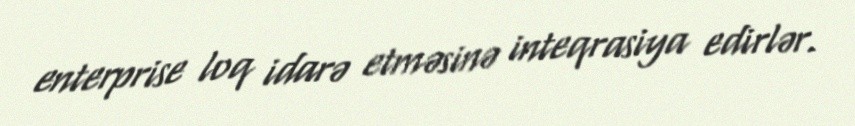
enterprise loq idarə etməsinə inteqrasiya edirlər.